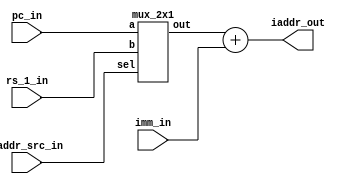
`timescale 1ns / 1ps


module immediate_adder(
input [31:0]imm_in, pc_in,  
input iaddr_src_in,
input [31:0] rs_1_in, 

output reg [31:0] iaddr_out  
    );
    wire [31:0]mux_out;
    
    mux_2x1 inst(iaddr_src_in, pc_in, rs_1_in, mux_out);
    
    always@(*)
    begin 
    iaddr_out = mux_out + imm_in;    
    end
endmodule

module mux_2x1 (
    input sel,
    input [31:0]a,
    input [31:0]b,
    output reg [31:0]out
);

always @(*) begin
    
    out = (sel == 1'b0)?a:b;
  
end

endmodule